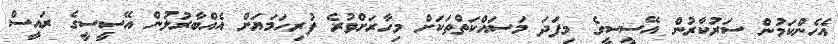
އެހެންކަމުން ސަރުކާރުން އޭސީސީގެ މިފަދަ މަސައްކަތްތަކަށް މިހާރަށްވުރެ ފުރިހަމަޔަށް އެއްބާރުލުން އޭސީސީގެ ރައީސް